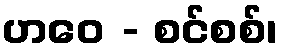
ဟဝေ - စင်စစ်၊